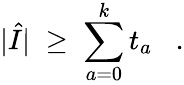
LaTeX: |\hat{I}|\; \geq\; \sum_{a=0}^{k}t_{a}\; \; \; .